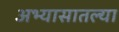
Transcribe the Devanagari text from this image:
अभ्यासातल्या